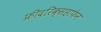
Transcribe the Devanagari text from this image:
फ्रीदरिक्सहाफेन